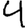
Digit: 4